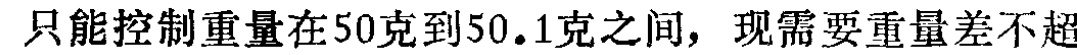
只能控制重量在50克到50.1克之间，现需要重量差不超